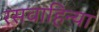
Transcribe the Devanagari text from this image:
रसवाहिन्या